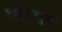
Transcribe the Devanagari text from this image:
परिपूर्